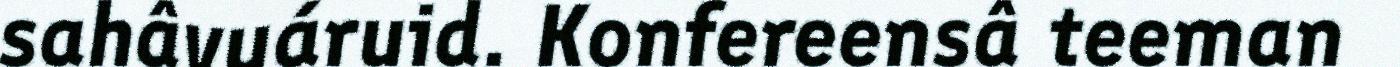
sahâvuáruid. Konfereensâ teeman